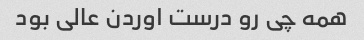
همه چی رو درست اوردن عالی بود